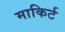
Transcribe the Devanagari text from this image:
माकिर्ट